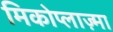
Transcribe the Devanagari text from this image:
मिकोप्लाज़्मा